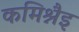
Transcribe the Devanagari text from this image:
कमिश्नैइ